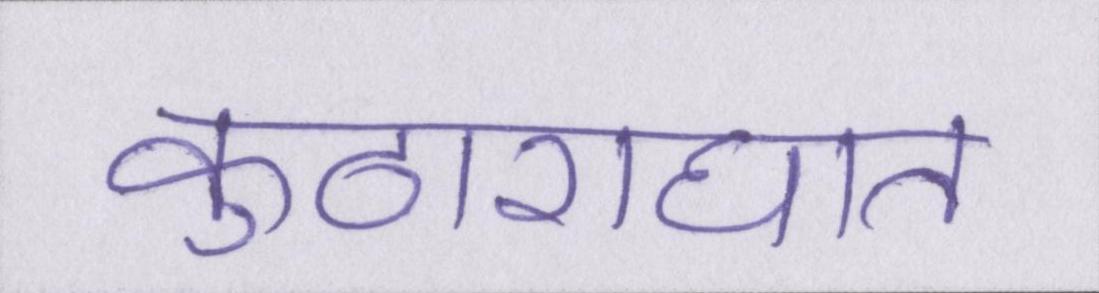
कुठाराघात